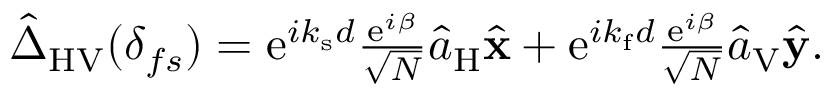
\begin{array} { r } { \hat { \Delta } _ { \mathrm { H V } } ( \delta _ { f s } ) = \mathrm { e } ^ { i k _ { \mathrm { s } } d } \frac { \mathrm { e } ^ { i \beta } } { \sqrt { N } } \hat { a } _ { \mathrm { H } } \hat { \bf x } + \mathrm { e } ^ { i k _ { \mathrm { f } } d } \frac { \mathrm { e } ^ { i \beta } } { \sqrt { N } } \hat { a } _ { \mathrm { V } } \hat { \bf y } . } \end{array}